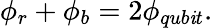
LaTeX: \phi_{r}+\phi_{b}=2\phi_{qub\mathit{i}t}.